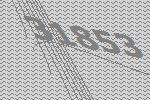
31853